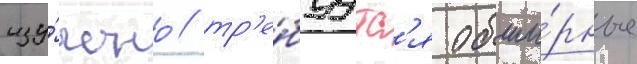
изу́чено / тр'е́буутс'я обши́рные